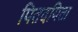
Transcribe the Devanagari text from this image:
पितदयिता